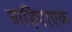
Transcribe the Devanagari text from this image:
चाहिए।एक